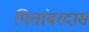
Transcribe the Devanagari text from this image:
पितांबरदास